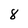
Character: 8